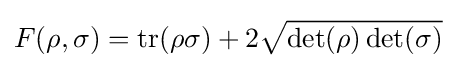
F(\rho ,\sigma )=\operatorname {tr} (\rho \sigma )+2{\sqrt {\det(\rho )\det(\sigma )}}